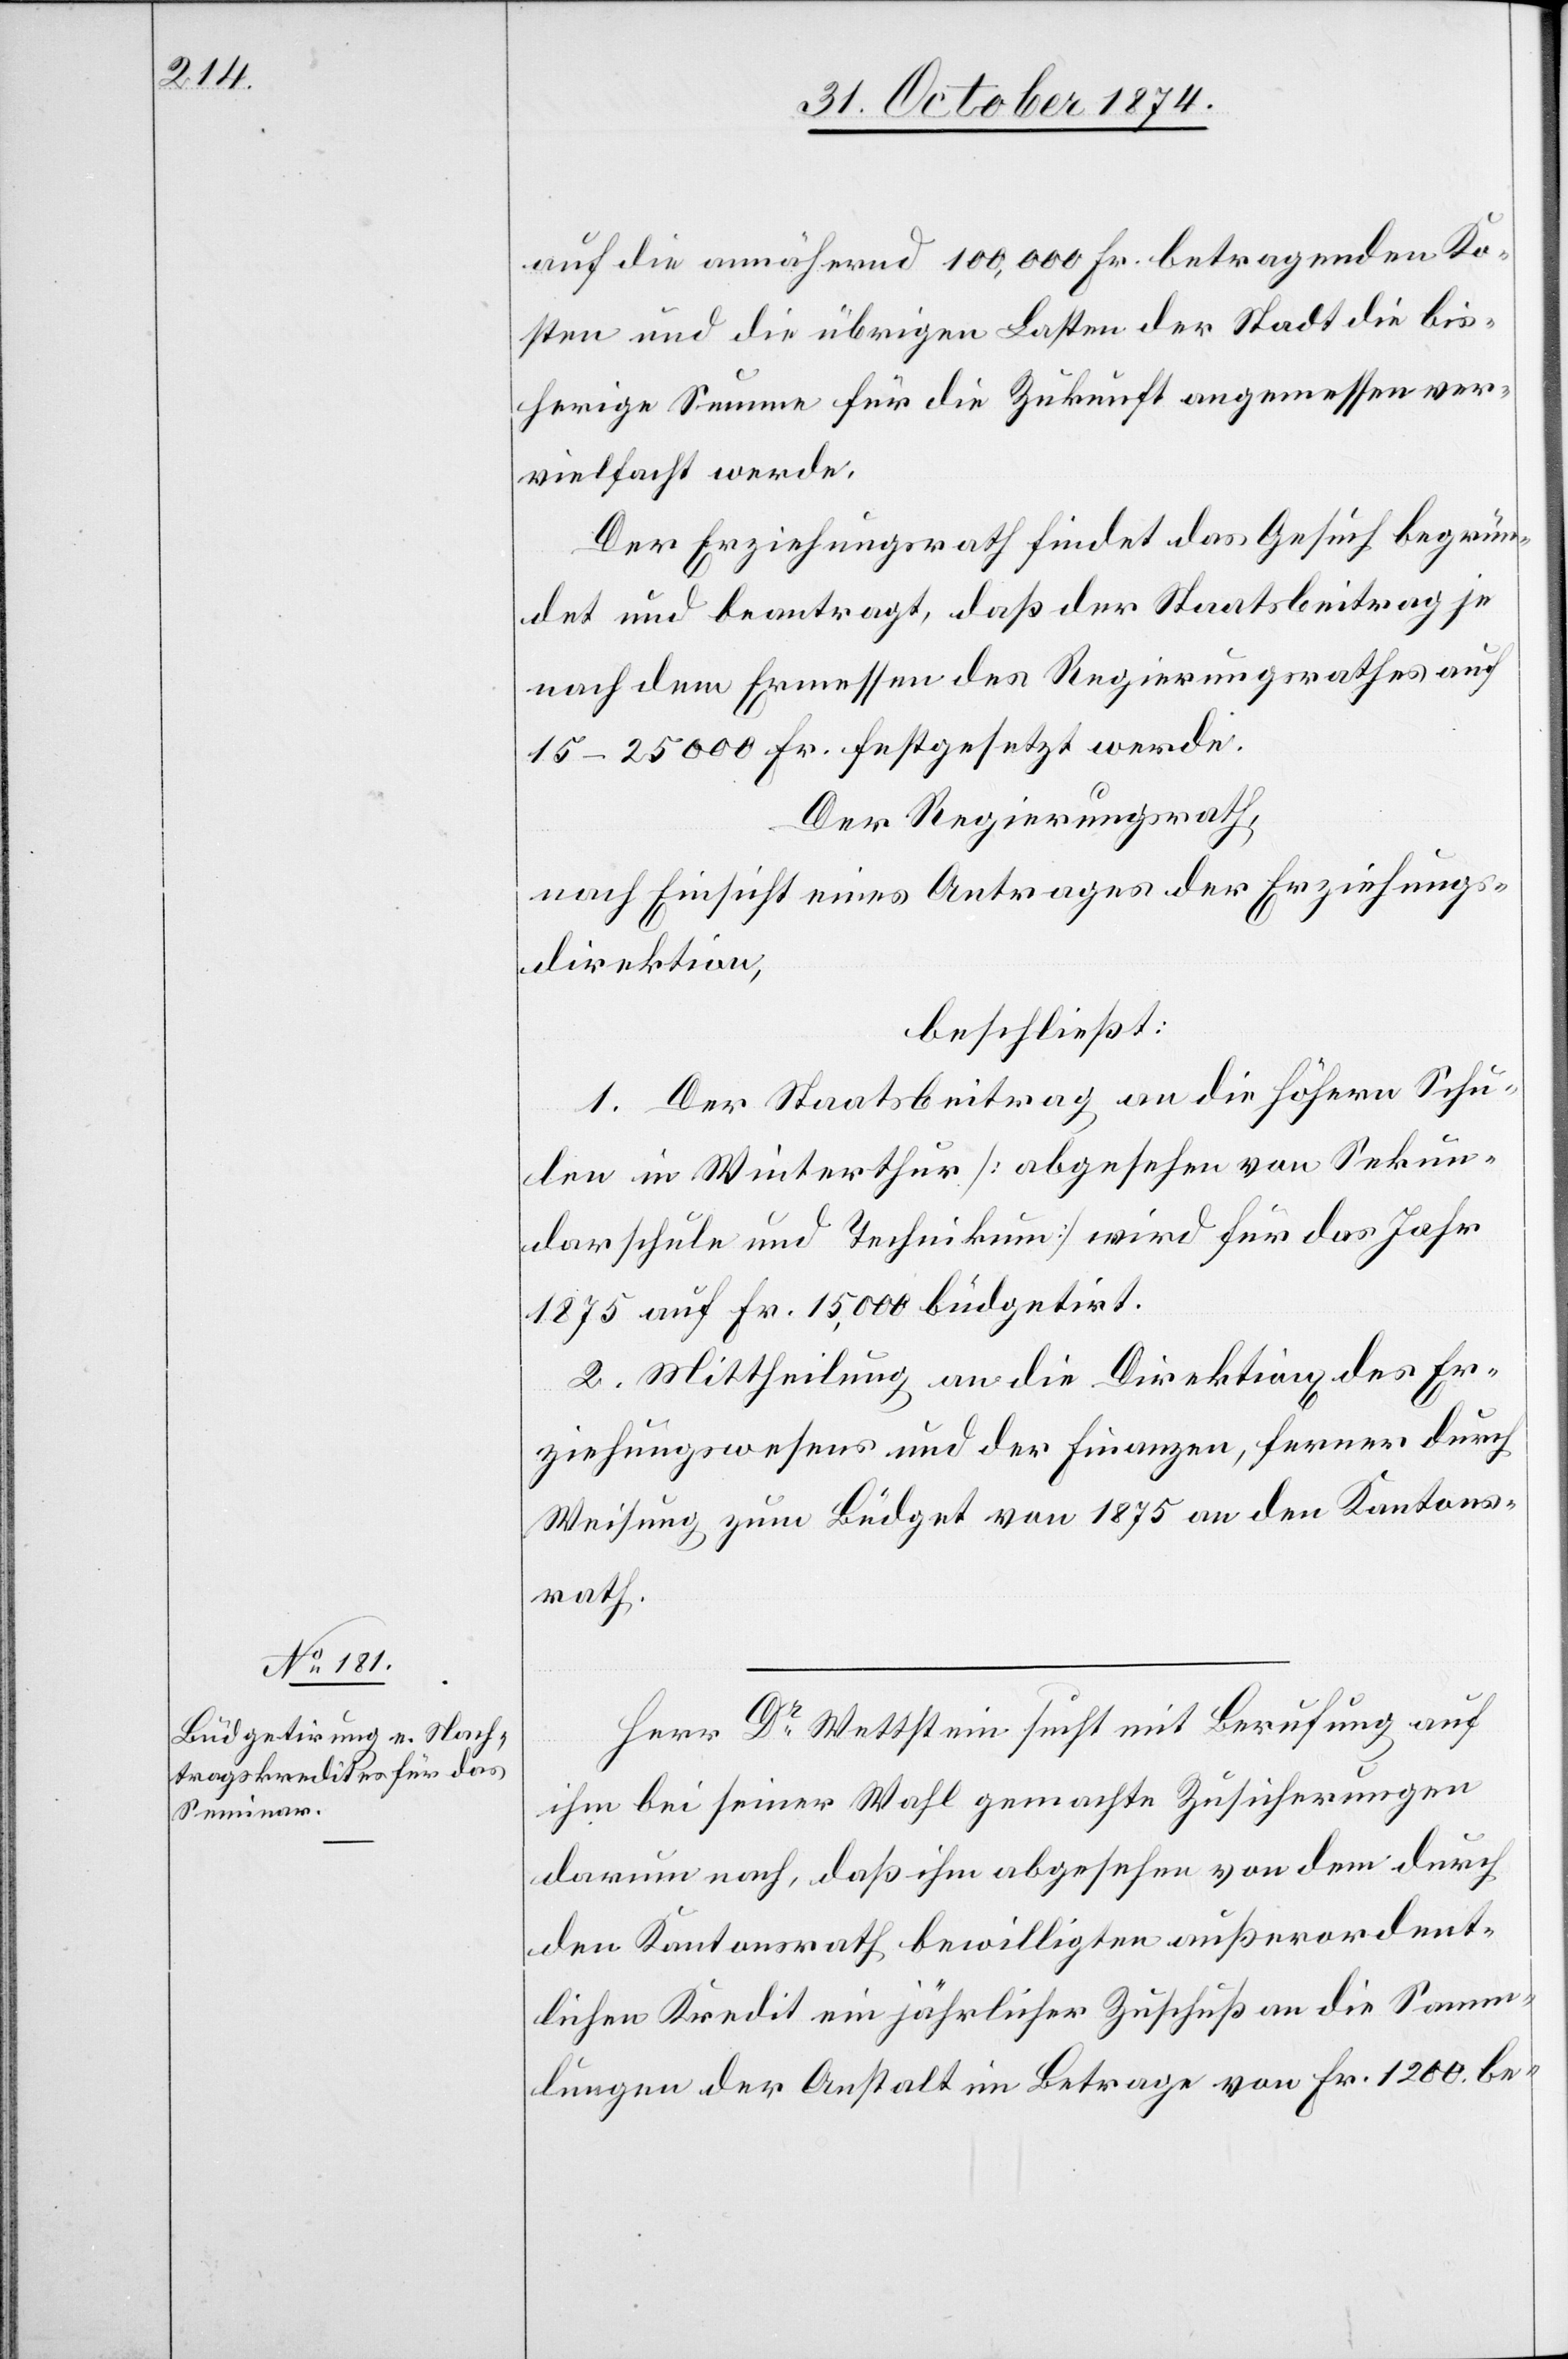
auf die annähernd 100,000 Fr. betragenden Ko¬
sten und die übrigen Lasten der Stadt die bis¬
herige Summe für die Zukunft angemessen ver¬
vielfacht werde.
Der Erziehungsrath findet das Gesuch begrün¬
det und beantragt, daß der Staatsbeitrag je
nach dem Ermessen des Regierungsrathes auf
15–25000 Fr. festgesetzt werde.
Der Regierungsrath,
nach Einsicht eines Antrages der Erziehungs¬
direktion,
beschließt:
1. Der Staatsbeitrag an die höhern Schu¬
len in Winterthur [abgesehen von Sekun¬
darschule und Technikum] wird für das Jahr
1875 auf Fr. 15,000 büdgetirt.
2. Mittheilung an die Direktion[en] des Er¬
ziehungswesens und der Finanzen, ferner durch
Weisung zum Büdget von 1875 an den Kantons¬
rath.
Herr Dr Wettstein sucht mit Berufung auf
ihm bei seiner Wahl gemachte Zusicherungen
darum nach, daß ihm abgesehen von dem durch
den Kantonsrath bewilligten außerordent¬
lichen Kredit ein jährlicher Zuschuß an die Samm¬
lungen der Anstalt im Betrage von Fr. 1200. be-